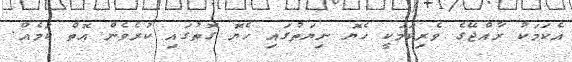
އެކަމަކު ރާއްޖޭގެ ވެރިކަމަކީ ހެޔޮ ނިޔަތުގައި ހެޔޮ ގޮތުގައި ކުރެވެން އޮތް ކަމެއް.